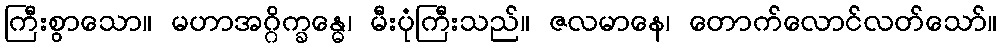
ကြီးစွာသော။ မဟာအဂ္ဂိက္ခန္ဓေ၊ မီးပုံကြီးသည်။ ဇလမာနေ၊ တောက်လောင်လတ်သော်။